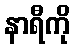
နာရီကို